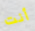
أنت